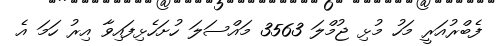
ފެބްރުއަރީ މަހު މުޅި ޖުމްލަ 3563 މައްސަލަ ހުށަހެޅިފައިވާ އިރު ހަމަ އެ